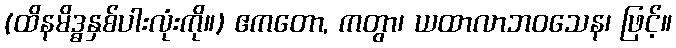
(ထိနမိဒ္ဓနှစ်ပါးလုံးကို။) ဧကတော, ကတွာ၊ ယထာလာဘဝသေန၊ ဖြင့်။